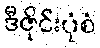
ဒီဇိုင်းပုံစံ